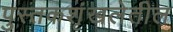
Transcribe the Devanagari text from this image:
पुस्तकशृंखलेतील